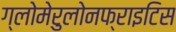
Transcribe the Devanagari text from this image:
ग्लोमेरुलोनफ्राइटिस